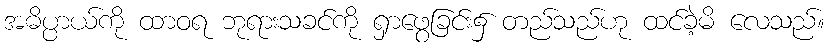
အဓိပ္ပာယ်ကို ထာဝရ ဘုရားသခင်ကို ရှာဖွေခြင်း၌ တည်သည်ဟု ထင်ခဲ့မိ လေသည်။